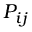
P _ { i j }